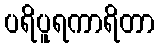
ပရိပူရကာရိတာ